Annual report on the working of the lock hospitals in the North-Western Provinces and Oudh
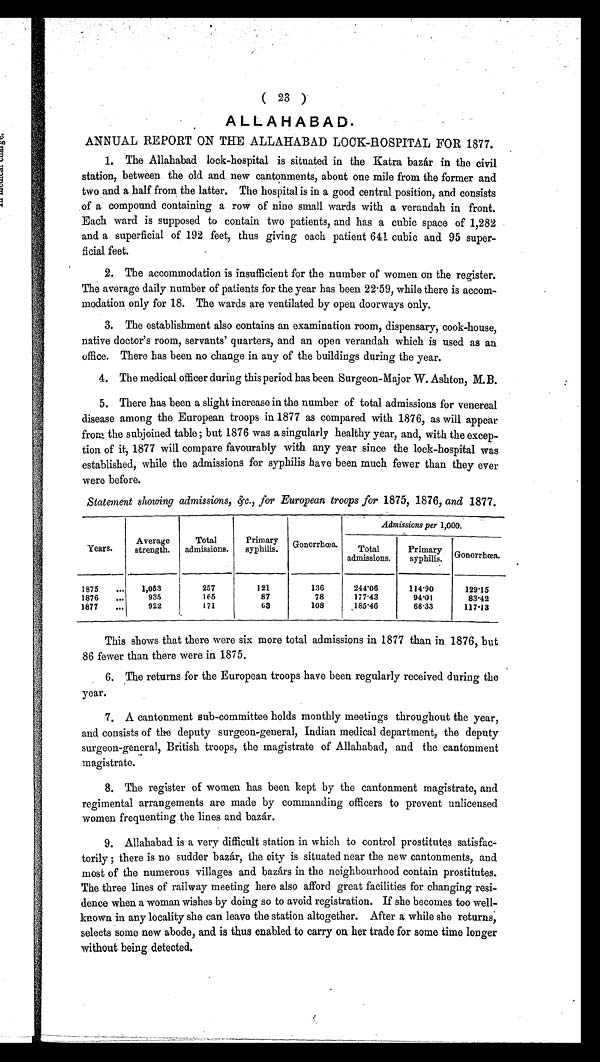
5
I I
( 23 )
ALLAHABAD.
ANNUAL REPORT ON THE ALLAHABAD LOCK-HOSPITAL FOR 1877.
1.. The Allahabad lock-hospital is situated in the Katra bazár in the civil
station, between the old and new cantonments, about one mile from the former and
two and a half from the latter. The hospital is in a good central position, and consists
of a compound containing a row of nine small wards with a verandah in front.
Each ward is supposed to contain two patients, and has a cubic space of 1,282
and a superficial of 192 feet, thus giving each patient 641 cubic and 95 super-
ficial feet.
2. The accommodation is insufficient for the number of women on the register.
The average daily number of patients for the year has been 22.59, while there is accom-
modation only for 18. The wards are ventilated by open doorways only.
3. The establishment also contains an examination room, dispensary, cook-house,
native doctor's room, servants' quarters, and an open verandah which is used as an
office. There has been no change in any of the buildings during the year.
4. The medical officer during this period has been Surgeon-Major W. Ashton, M.B .
5. There has been a slight increase in the number of total admissions for venereal
disease among the European troops in 1877 as compared with 1876, as will appear
from the subjoined table ; but 1876 was a singularly healthy year, and, with the excep-
tion of it, 1877 will compare favourably with any year since the lock-hospital was
established, while the admissions for syphilis have been much fewer than they ever
were before.
Statement showing admissions, (ST., for European troops for 1875, 1876, and 1877.
Admissions per 1,000.
Years.
Average
strength.
Total
admissions.
Primary
syphilis. Gonorrhoea.
Total
admissions.
Primary.
syphilis. Gonorrhoea.
1875
...
1,053
257
121
136
244•06
114.90
129'15
1876
...
935
165
87
78
177.43
94-01
83-42
1877
...
922
171
63
108
, 18516
68.33
117-13
This shows that there were six more total admissions in 1877 than in 1876, but
86 fewer than there were in 1875.
6. The returns for the European troops have been regularly received during the
year.
7. A cantonment sub-committee holds monthly meetings throughout the year,
and consists of the deputy surgeon-general, Indian medical department, the deputy
surgeon-general, British troops, the magistrate of Allahabad, and the cantonment
magistrate.
8. The register of women has been kept by the cantonment magistrate, and
regimental arrangements are made by commanding officers to prevent unlicensed
women frequenting the lines and bazar.
9. Allahabad is a very difficult station in which to control prostitutes satisfac-
torily ; there is no sudder bazar, the city is situated near the new cantonments, and
most of the numerous villages and bazars in the neighbourhood contain prostitutes.
The three lines of railway meeting here also afford great facilities for changing resi-
dence when a woman wishes by doing so to avoid registration. If she becomes too well-
known in any locality she can leave the station altogether. After a while she returns,
selects some new abode, and is thus enabled to carry on her trade for some time longer
without being detected.